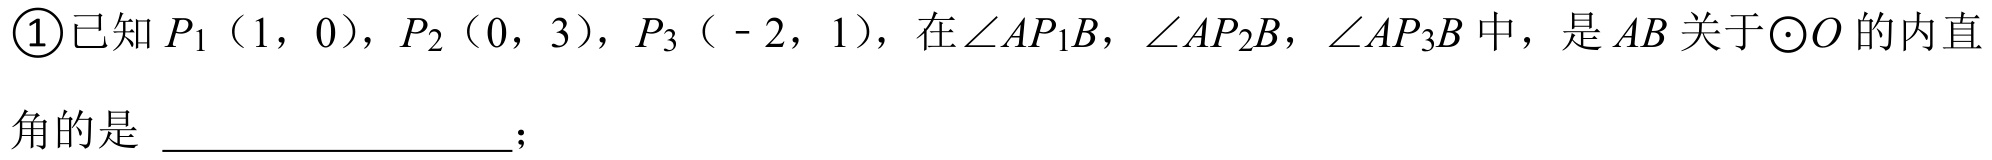
\textcircled{1}已知\(P_1(1,0)\)，\(P_2(0,3)\)，\(P_3(-2,1)\)，在\(\angle AP_1B\)，\(\angle AP_2B\)，\(\angle AP_3B\)中，是\(AB\)关于\(\odot O\)的内直角的是  ；